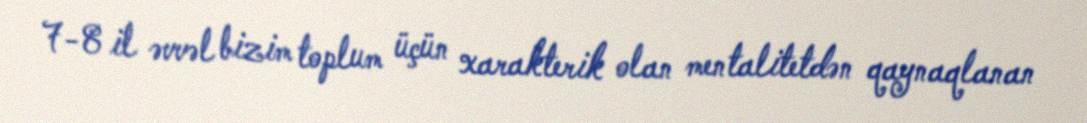
7-8 il əvvəl bizim toplum üçün xarakterik olan mentalitetdən qaynaqlanan